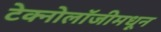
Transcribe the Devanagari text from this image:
टेक्नोलॉजीमधून